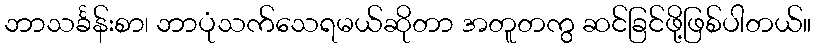
ဘာသင်္ခန်းစာ၊ ဘာပုံသက်သေရမယ်ဆိုတာ အတူတကွ ဆင်ခြင်ဖို့ဖြစ်ပါတယ်။